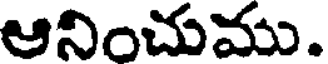
ఆనించుము.